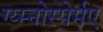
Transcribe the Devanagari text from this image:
ग्य्म्नोस्पेर्मए